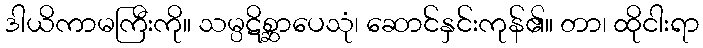
ဒါယိကာမကြီးကို။ သမ္ပဋိစ္ဆာပေသုံ၊ ဆောင်နှင်းကုန်၏။ တာ၊ ထိုငါးရာ